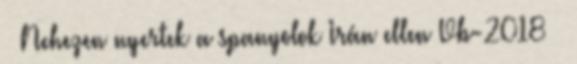
– Nehezen nyertek a spanyolok Irán ellen Vb-2018 –